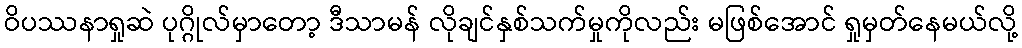
ဝိပဿနာရှုဆဲ ပုဂ္ဂိုလ်မှာတော့ ဒီသာမန် လိုချင်နှစ်သက်မှုကိုလည်း မဖြစ်အောင် ရှုမှတ်နေမယ်လို့